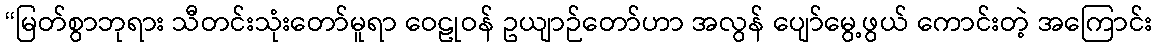
“မြတ်စွာဘုရား သီတင်းသုံးတော်မူရာ ဝေဠုဝန် ဥယျာဉ်တော်ဟာ အလွန် ပျော်မွေ့ဖွယ် ကောင်းတဲ့ အကြောင်း